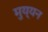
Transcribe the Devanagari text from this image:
मुय्यन